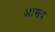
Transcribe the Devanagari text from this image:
आसद